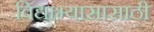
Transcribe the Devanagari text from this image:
विद्याभ्यासासाठी